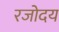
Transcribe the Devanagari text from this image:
रजोदय